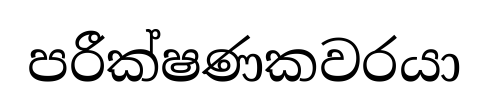
පරීක්ෂණකවරයා